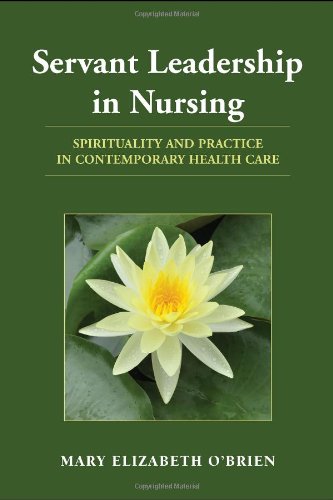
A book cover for Servant Leadership In Nursing: Spirituality and Practice in Contemporary Health Care; Mary Elizabeth O'Brien; Medical Books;